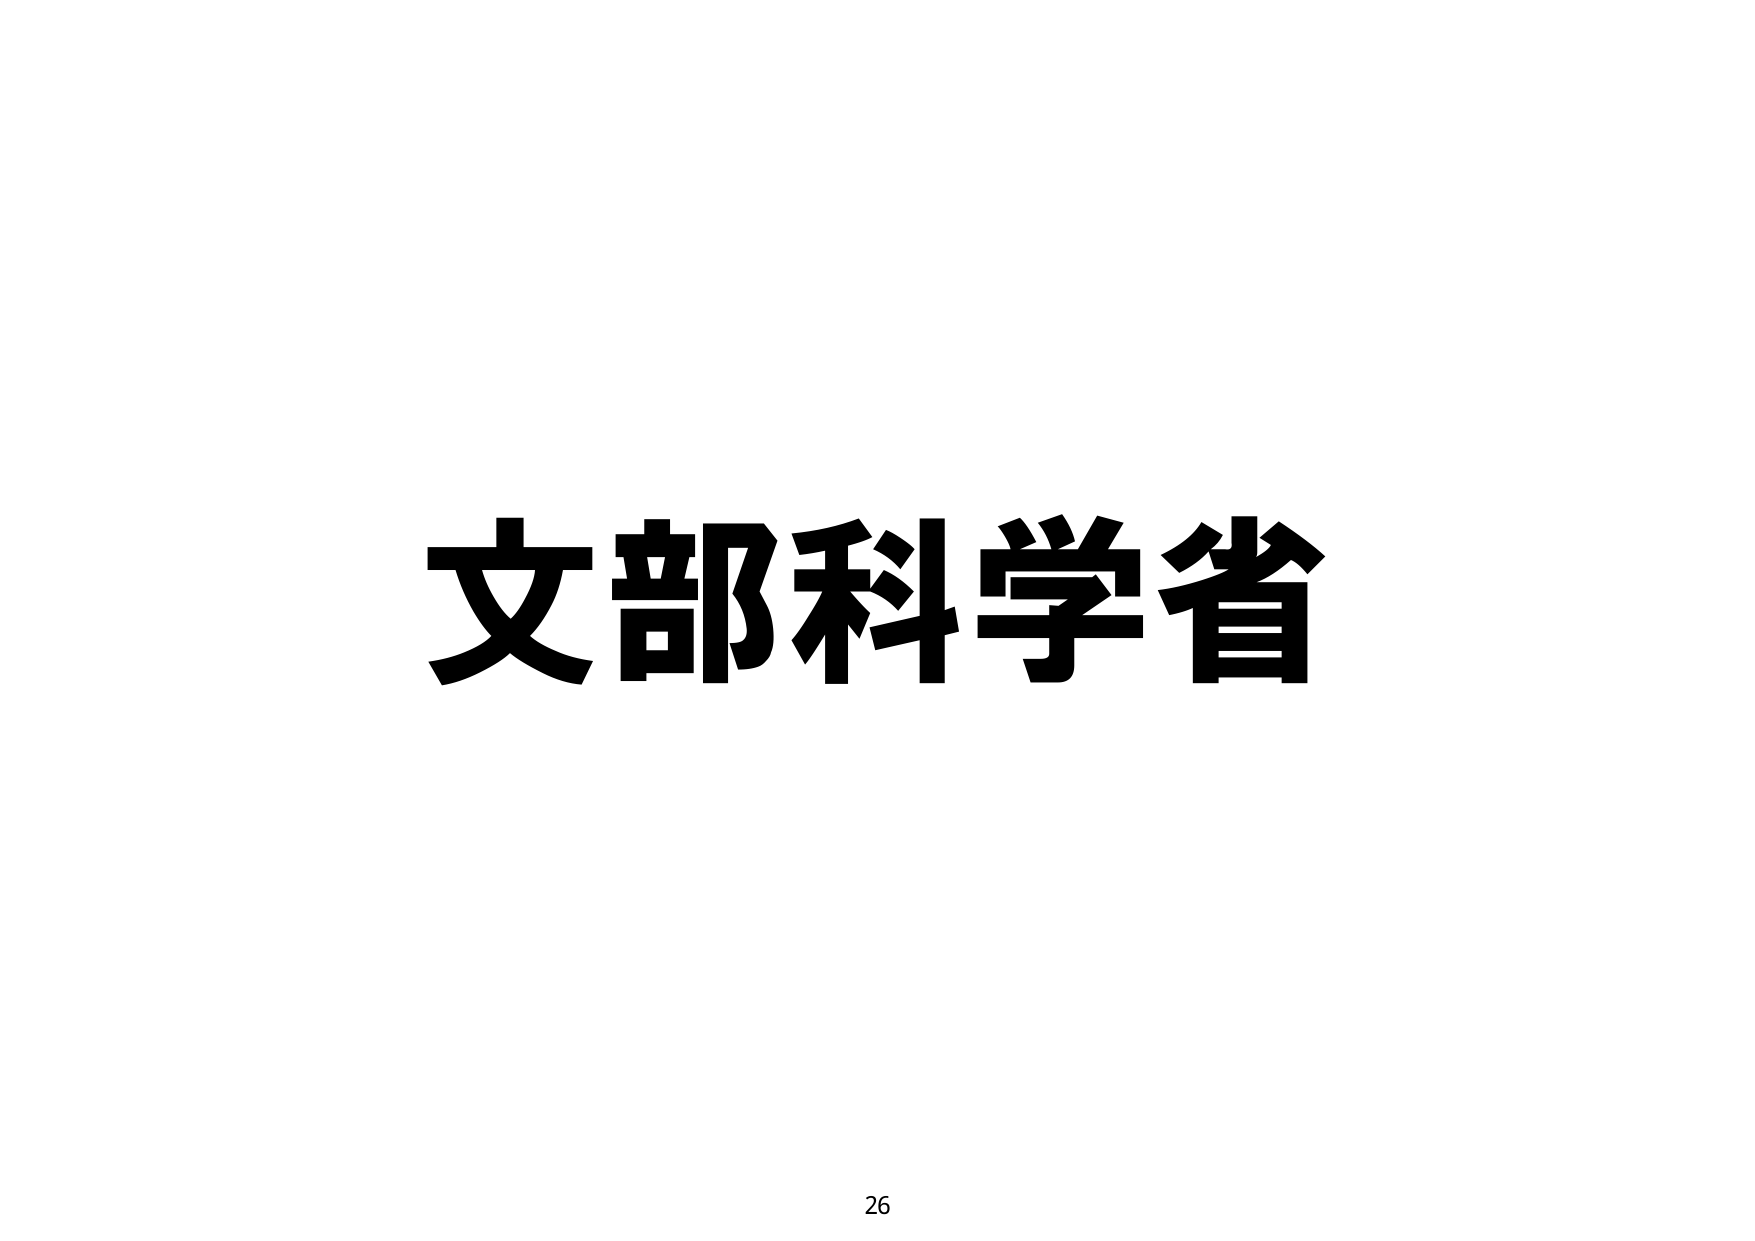
文部科学省
26